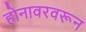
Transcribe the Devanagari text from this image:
होनावरवरून